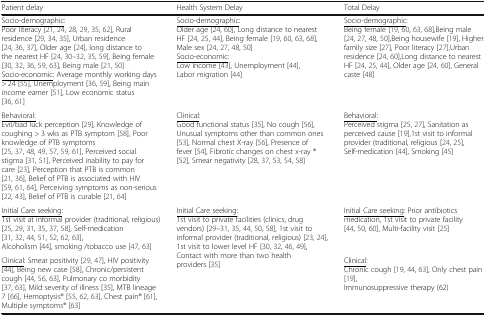
<table><thead><tr><td><b>Patient delay</b></td><td><b>Health System Delay</b></td><td><b>Total Delay</b></td></tr></thead><tbody><tr><td><underline>Socio-demographic</underline>:Poor literacy [21, 24, 28, 29, 35, 62], Rural residence [29, 34, 35], Urban residence [24, 36, 37], Older age [24], long distance to the nearest HF [24, 30–32, 35, 59], Being female [30, 32, 36, 59, 63], Being male [21, 50]<underline>Socio-economic</underline>: Average monthly working days &gt; 24 [55], Unemployment [36, 59], Being main income earner [51], Low economic status [36, 61]</td><td><underline>Socio-demographic</underline>:Older age [24, 60], Long distance to nearest HF [24, 25, 44], Being female [19, 60, 63, 68], Male sex [24, 27, 48, 50]<underline>Socio-economic</underline>:Low income [43], Unemployment [44], Labor migration [44]</td><td><underline>Socio-demographic</underline>:Being female [19, 60, 63, 68],Being male [24, 27, 48, 50],Being housewife [19], Higher family size [27], Poor literacy [27],Urban residence [24, 60],Long distance to nearest HF [24, 25, 44], Older age [24, 60], General caste [48]</td></tr><tr><td><underline>Behavioral:</underline>Evil/bad luck perception [29], Knowledge of coughing &gt; 3 wks as PTB symptom [58], Poor knowledge of PTB symptoms [25, 37, 48, 49, 57, 59, 61], Perceived social stigma [31, 51], Perceived inability to pay for care [23], Perception that PTB is common [21, 36], Belief of PTB is associated with HIV [59, 61, 64], Perceiving symptoms as non-serious [22, 43], Belief of PTB is curable [21, 64]</td><td><underline>Clinical</underline>:Good functional status [35], No cough [56], Unusual symptoms other than common ones [53], Normal chest X-ray [56], Presence of fever [54], Fibrotic changes on chest x-ray ® [52], Smear negativity [28, 37, 53, 54, 58]</td><td><underline>Behavioral</underline>:Perceived stigma [25, 27], Sanitation as perceived cause [19],1st visit to informal provider (traditional, religious [24, 25], Self-medication [44], Smoking [45]</td></tr><tr><td><underline>Initial Care seeking</underline>:1st visit at informal provider (traditional, religious) [25, 29, 31, 35, 37, 58], Self-medication [31, 32, 44, 51, 52, 62, 63],Alcoholism [44], smoking /tobacco use [47, 63]</td><td rowspan="2"><underline>Initial Care seeking</underline>:1st visit to private facilities (clinics, drug vendors) [29–31, 35, 44, 50, 58], 1st visit to informal provider (traditional, religious) [23, 24], 1st visit to lower level HF [30, 32, 46, 49], Contact with more than two health providers [35]</td><td><underline>Initial Care seeking</underline>: Prior antibiotics medication, 1st visit to private facility [44, 50, 60], Multi-facility visit [25]</td></tr><tr><td><underline>Clinical</underline>: Smear positivity [29, 47], HIV positivity [44], Being new case [58], Chronic/persistent cough [44, 56, 63], Pulmonary co morbidity [37, 63], Mild severity of illness [35], MTB lineage 7 [66], Hemoptysis® [55, 62, 63], Chest pain® [61], Multiple symptoms® [63]</td><td><underline>Clinical</underline>:Chronic cough [19, 44, 63], Only chest pain [19],Immunosuppressive therapy (62)</td></tr></tbody></table>